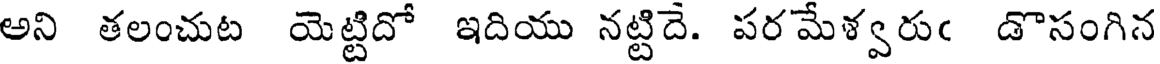
అని తలంచుట యెట్టిదో ఇదియు నట్టిదే. పరమేళ్వరుఁ డొసంగిన